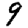
Digit: 9